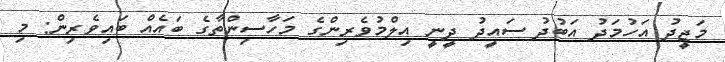
މަޖީދު އަހުމަދު އަބުދު ސައީދު ދީނީ އިލްމުވެރިންގެ މަހާސިންތާގެ ބައެއް ބައިވެރިން: މި